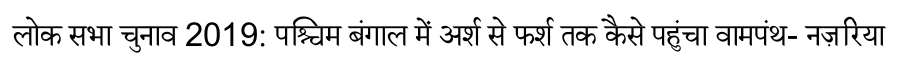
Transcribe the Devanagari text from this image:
लोक सभा चुनाव 2019: पश्चिम बंगाल में अर्श से फर्श तक कैसे पहुंचा वामपंथ- नज़रिया